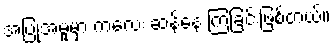
အပြုအမူမှာ ကလေး ဆန်နေ ကြခြင်းဖြစ်တယ်။